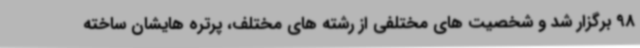
98 برگزار شد و شخصیت های مختلفی از رشته های مختلف، پرتره هایشان ساخته